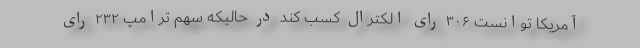
آمریکا توانست ۳۰۶ رای الکترال کسب کند در حالیکه سهم ترامپ ۲۳۲ رای